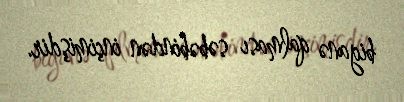
biganə qalması səbəbindən inçimişdir.